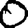
Digit: 0